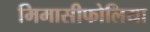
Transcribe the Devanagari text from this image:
मिमासीफोलिया